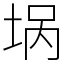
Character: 埚